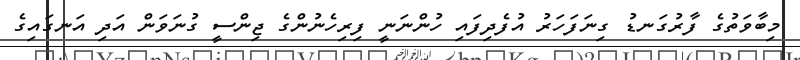
މިބާވަތުގެ ފާރުގަނޑު ގިނަފަހަރު އުފެދިފައި ހުންނަނީ ފިރިހެނުންގެ ޖިންސީ ގުނަވަން އަދި އަނގައިގެ